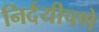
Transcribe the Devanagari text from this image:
निर्दयीपणे